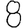
Digit: 8